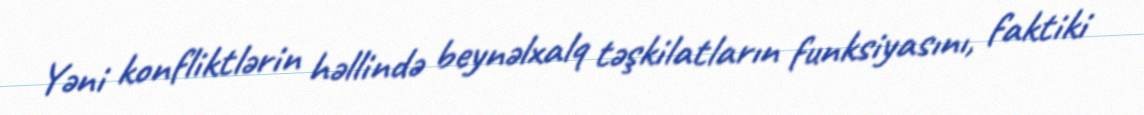
Yəni konfliktlərin həllində beynəlxalq təşkilatların funksiyasını, faktiki